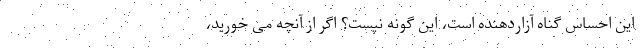
این احساس گناه آزاردهنده است، این گونه نیست؟ اگر از آنچه می خورید،